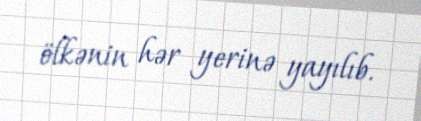
ölkənin hər yerinə yayılıb.